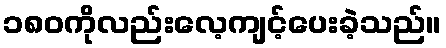
၁၈၀ကိုလည်းလေ့ကျင့်ပေးခဲ့သည်။